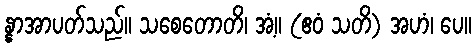
န္နာအာပတ်သည်။ သစေတောတိ၊ အံ့။ (ဧဝံ သတိ) အဟံ၊ ပေ။